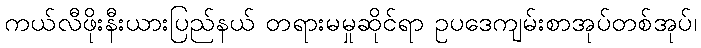
ကယ်လီဖိုးနီးယားပြည်နယ် တရားမမှုဆိုင်ရာ ဥပဒေကျမ်းစာအုပ်တစ်အုပ်၊